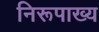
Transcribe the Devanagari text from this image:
निरूपाख्य